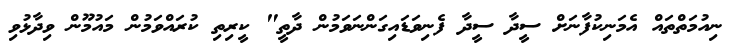
ނިއުމަތްތައް އެމަނިކުފާނަށް ސީދާ ސީދާ ފެނިވަޑައިގަންނަވަމުން ދާތީ" ކީރިތި ކުރައްވަމުން މައުމޫން ވިދާޅުވި